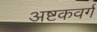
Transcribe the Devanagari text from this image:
अष्टकवर्ग